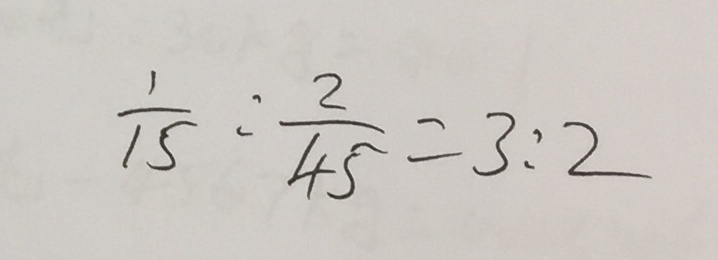
\frac { 1 } { 1 5 } : \frac { 2 } { 4 5 } = 3 : 2